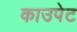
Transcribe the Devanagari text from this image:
काउपेट